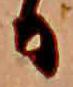
日